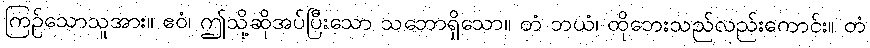
ကြဉ်သောသူအား။ ဧဝံ၊ ဤသို့ဆိုအပ်ပြီးသော သဘောရှိသော။ တံ ဘယံ၊ ထိုဘေးသည်လည်းကောင်း။ တံ